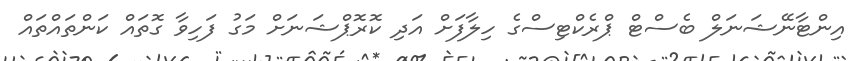
އިންޓާނޭޝަނަލް ބެސްޓް ޕްރެކްޓިސްގެ ހިލާފަށް އަދި ކޮރޮޕްޝަނަށް މަގު ފަހިވާ ގޮތައް ކަންތައްތައް